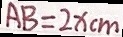
A B = 2 x c m